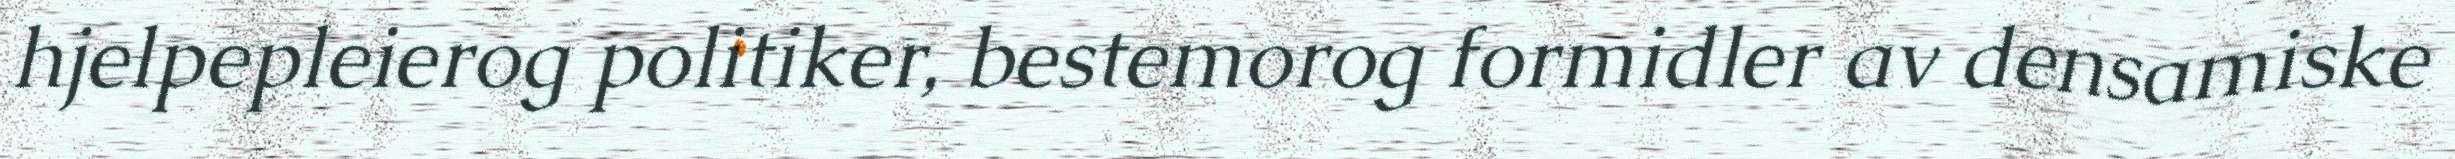
hjelpepleierog politiker, bestemorog formidler av densamiske